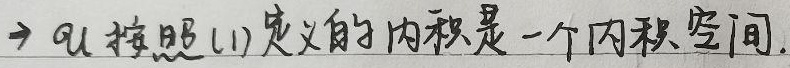
\(\Rightarrow \mathcal{U}\)按照(1)定义的内积是一个内积空间。